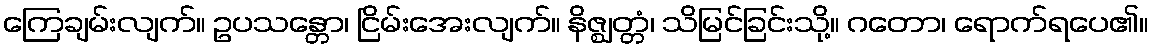
ကြေချမ်းလျက်။ ဥပသန္တော၊ ငြိမ်းအေးလျက်။ နိဇ္ဈတ္တံ၊ သိမြင်ခြင်းသို့။ ဂတော၊ ရောက်ရပေ၏။